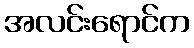
အလင်းရောင်က